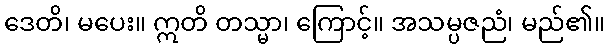
ဒေတိ၊ မပေး။ ဣတိ တသ္မာ၊ ကြောင့်။ အသမ္ပဇညံ၊ မည်၏။